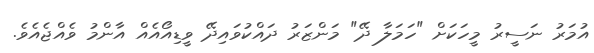
އުމަރު ނަސީރު މީހަކަށް "ހަމަލާ ދޭ" މަންޒަރު ދައްކުވައިދޭ ވީޑިއޯއެއް އާންމު ވެއްޖެއެވެ.